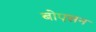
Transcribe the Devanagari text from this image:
बोएसन